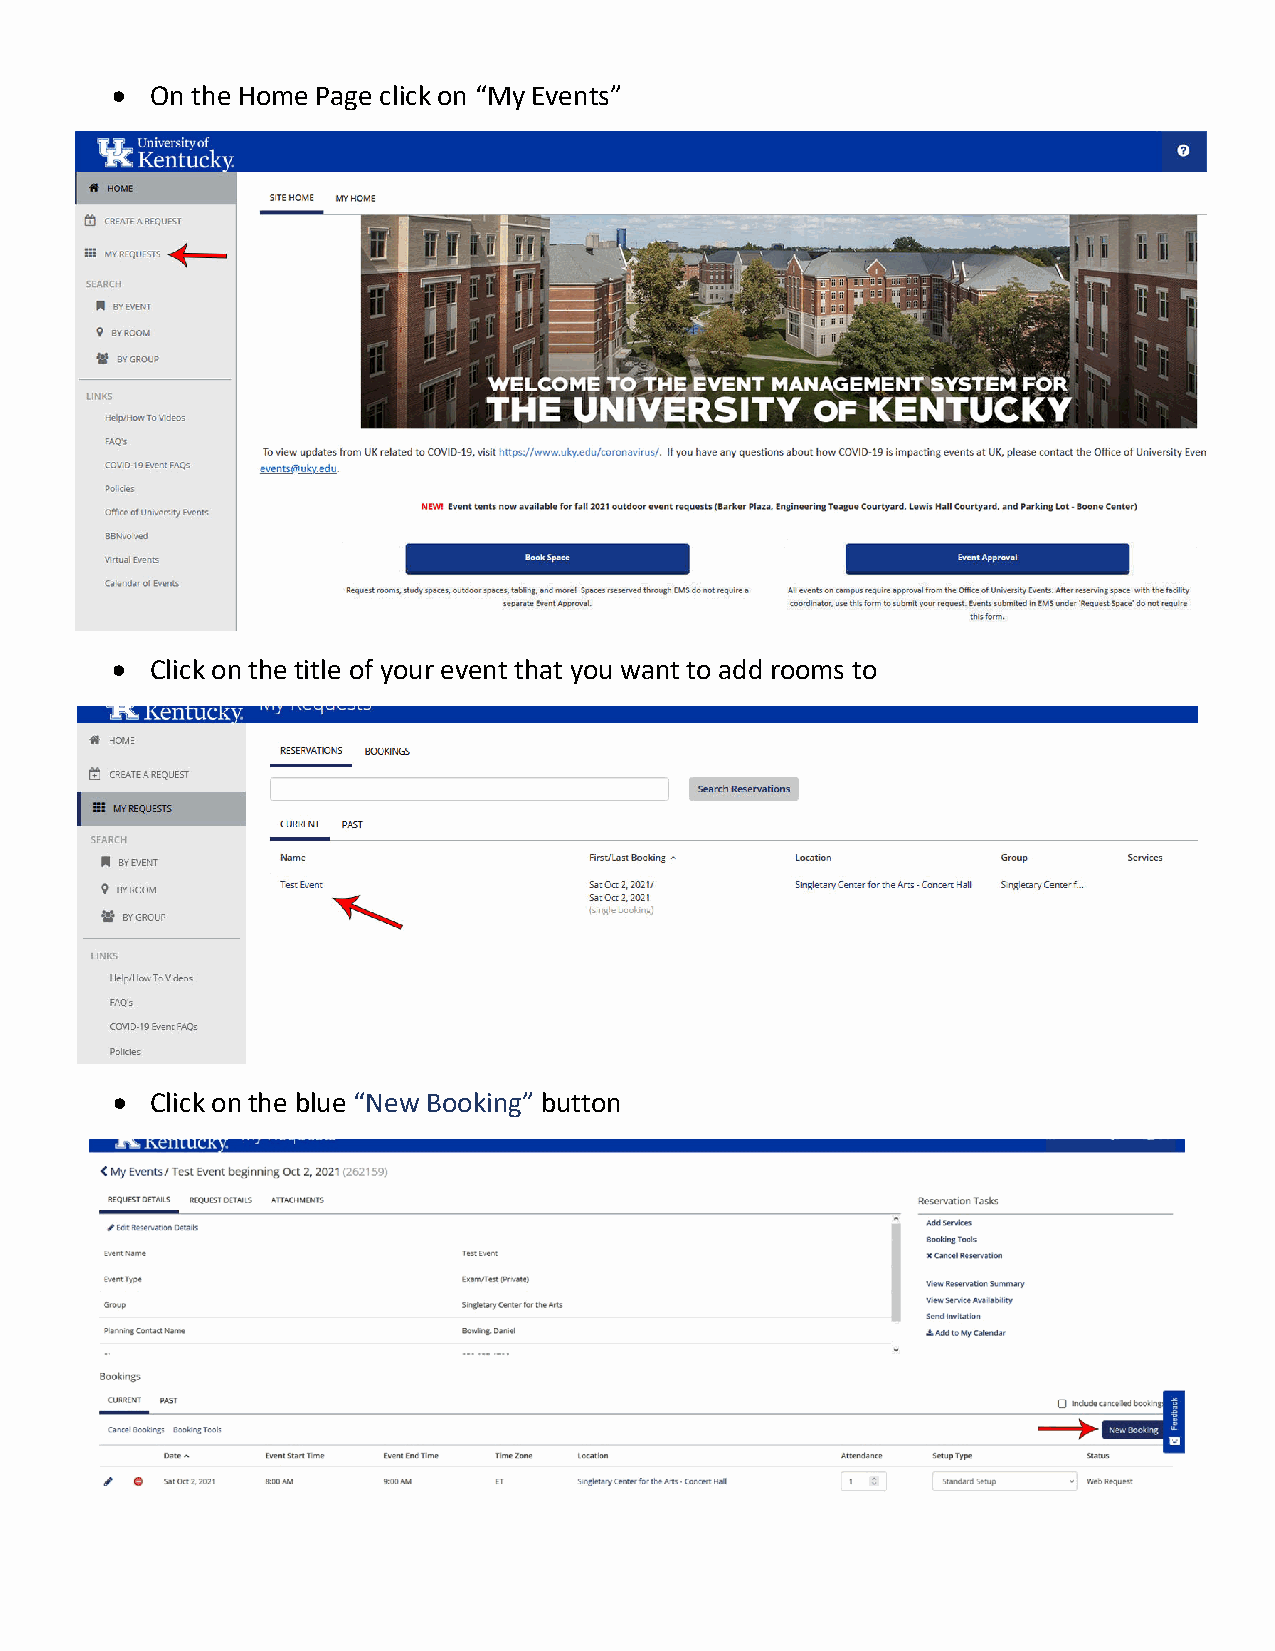
•  On the Home Page click on “My Events”
 •  Click on the title of your event that you want to add rooms to
 •  Click on the blue “New Booking” button